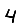
Digit: 4